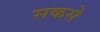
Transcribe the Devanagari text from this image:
सकसे